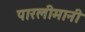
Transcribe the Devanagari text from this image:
पारलीमानी